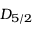
D _ { 5 / 2 }